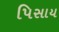
પિસાય